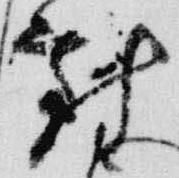
対